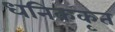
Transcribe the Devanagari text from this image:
धनिककृत